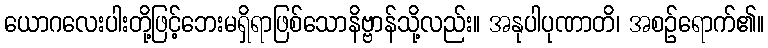
ယောဂလေးပါးတို့ဖြင့်ဘေးမရှိရာဖြစ်သောနိဗ္ဗာန်သို့လည်း။ အနုပါပုဏာတိ၊ အစဉ်ရောက်၏။